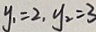
y _ { 1 } = 2 , y _ { 2 } = 3